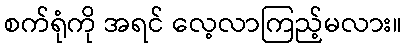
စက်ရုံကို အရင် လေ့လာကြည့်မလား။